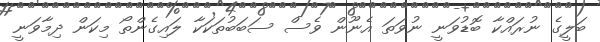
ބަލީގެ ނުރައްކާ ބޮޑުވަނީ ނުވަތަ އެނޫން ވެސް ސަބަބުތަކަކާ ލައިގެންތޯ މިކަން ދިމާވަނީ